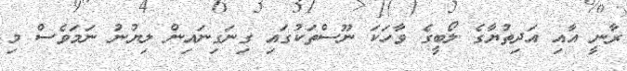
ރާނީ އާއި އަދިތުޔާގެ ލޯބީގެ ވާހަކަ ނޫސްތަކުގައި ގިނަގިނައިން ލިޔުނު ނަމަވެސް މި